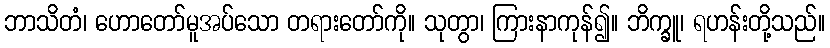
ဘာသိတံ၊ ဟောတော်မူအပ်သော တရားတော်ကို။ သုတွာ၊ ကြားနာကုန်၍။ ဘိက္ခူ၊ ရဟန်းတို့သည်။